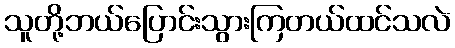
သူတို့ဘယ်ပြောင်းသွားကြတယ်ထင်သလဲ